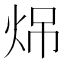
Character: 𪸧